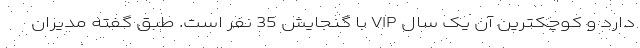
دارد و کوچکترین آن یک سال VIP با گنجایش 35 نفر است. طبق گفته مدیران